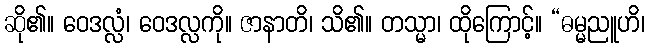
ဆို၏။ ဝေဒလ္လံ၊ ဝေဒလ္လကို။ ဇာနာတိ၊ သိ၏။ တသ္မာ၊ ထိုကြောင့်။ “ဓမ္မညူဟိ၊